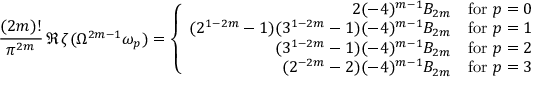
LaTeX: \frac { ( 2 m ) ! } { \pi ^ { 2 m } } \, \Re \, \zeta ( \Omega ^ { 2 m - 1 } \omega _ { p } ) = \left\{ \begin{array} { r r r } { { 2 ( - 4 ) ^ { m - 1 } B _ { 2 m } } } & { { \mathrm { f o r ~ } p = 0 } } \\ { { ( 2 ^ { 1 - 2 m } - 1 ) ( 3 ^ { 1 - 2 m } - 1 ) ( - 4 ) ^ { m - 1 } B _ { 2 m } } } & { { \mathrm { f o r ~ } p = 1 } } \\ { { ( 3 ^ { 1 - 2 m } - 1 ) ( - 4 ) ^ { m - 1 } B _ { 2 m } } } & { { \mathrm { f o r ~ } p = 2 } } \\ { { ( 2 ^ { - 2 m } - 2 ) ( - 4 ) ^ { m - 1 } B _ { 2 m } } } & { { \mathrm { f o r ~ } p = 3 } } \end{array} \right.